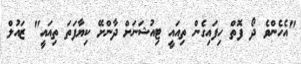
"އެހެންވެ ދޯ ފޮތް ހިފައިގެން ތިއައީ ޓިއުޝަނަށް ދާންށޭ ކިޔާފަތަ ތިއައީ" ޒައުލް